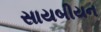
સાયબીયન